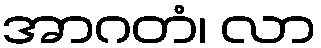
အာဂတံ၊ လာ